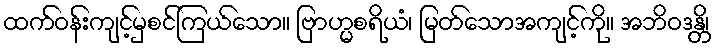
ထက်ဝန်းကျင့်မှစင်ကြယ်သော။ ဗြာဟ္မစရိယံ၊ မြတ်သောအကျင့်ကို။ အဘိဝဒန္တိ၊